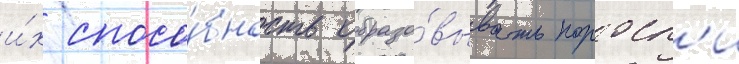
и́х спосо́бность образо́вывать поросл'и